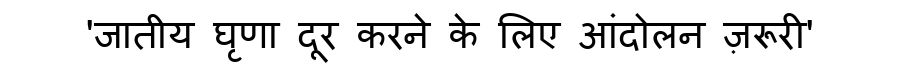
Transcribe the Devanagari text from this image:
'जातीय घृणा दूर करने के लिए आंदोलन ज़रूरी'